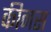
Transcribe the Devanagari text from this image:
कीनस